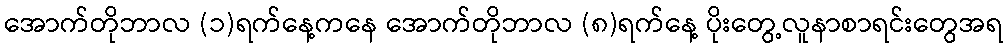
အောက်တိုဘာလ (၁)ရက်နေ့ကနေ အောက်တိုဘာလ (၈)ရက်နေ့ ပိုးတွေ့လူနာစာရင်းတွေအရ